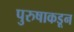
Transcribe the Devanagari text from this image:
पुरुषाकडून